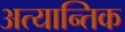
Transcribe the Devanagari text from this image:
अत्यान्तिक